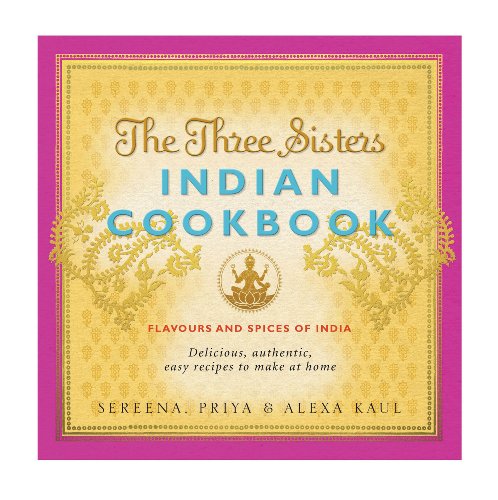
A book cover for The Three Sisters Indian Cookbook: Delicious, Authentic and Easy Recipes to Make at Home; Sereena Kaul; Cookbooks, Food & Wine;